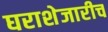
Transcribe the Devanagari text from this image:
घराशेजारीच